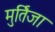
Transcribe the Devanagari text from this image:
मुर्तिजा